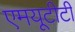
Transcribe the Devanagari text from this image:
एमयूटीटी